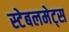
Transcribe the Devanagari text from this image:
स्टेबलमेट्स